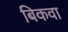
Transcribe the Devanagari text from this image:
बिकवा